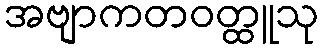
အဗျာကတဝတ္ထူသု